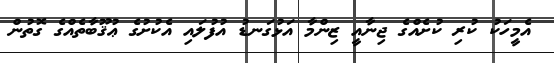
އެމީހަކު ކުރި ކުށެއްގެ ޖިނާއީ ޒިންމާ އަޅުގަނޑު އުފުލައި އެކުށުގެ ޢުޤޫބާތެއްގެ ގޮތުން